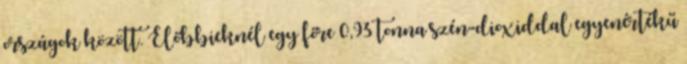
országok között. Előbbieknél egy főre 0,93 tonna szén-dioxiddal egyenértékű